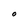
Character: O